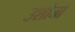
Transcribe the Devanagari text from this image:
उशोजो